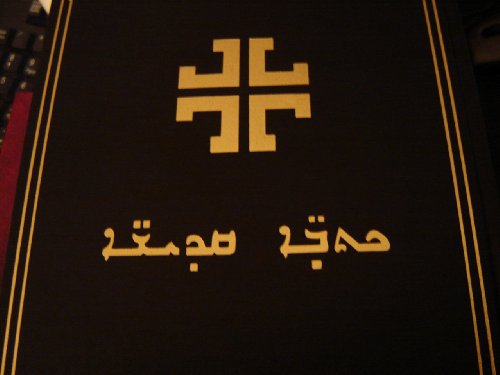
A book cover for Syriac Modern Bible / Large Black Hardcover Bible M083 with footnotes, refrences, and maps / 1995 Prinitng; Bible Society; Travel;